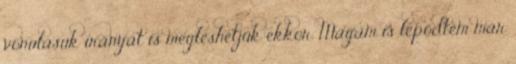
vonulásuk irányát is megleshetjük ekkor. Magam is lepődtem már